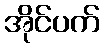
အိုင်ပက်